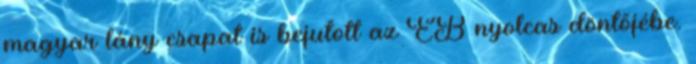
magyar lány csapat is bejutott az EB nyolcas döntőjébe.